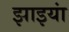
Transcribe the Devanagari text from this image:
झाइयां